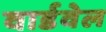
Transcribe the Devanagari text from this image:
वार्डवेल